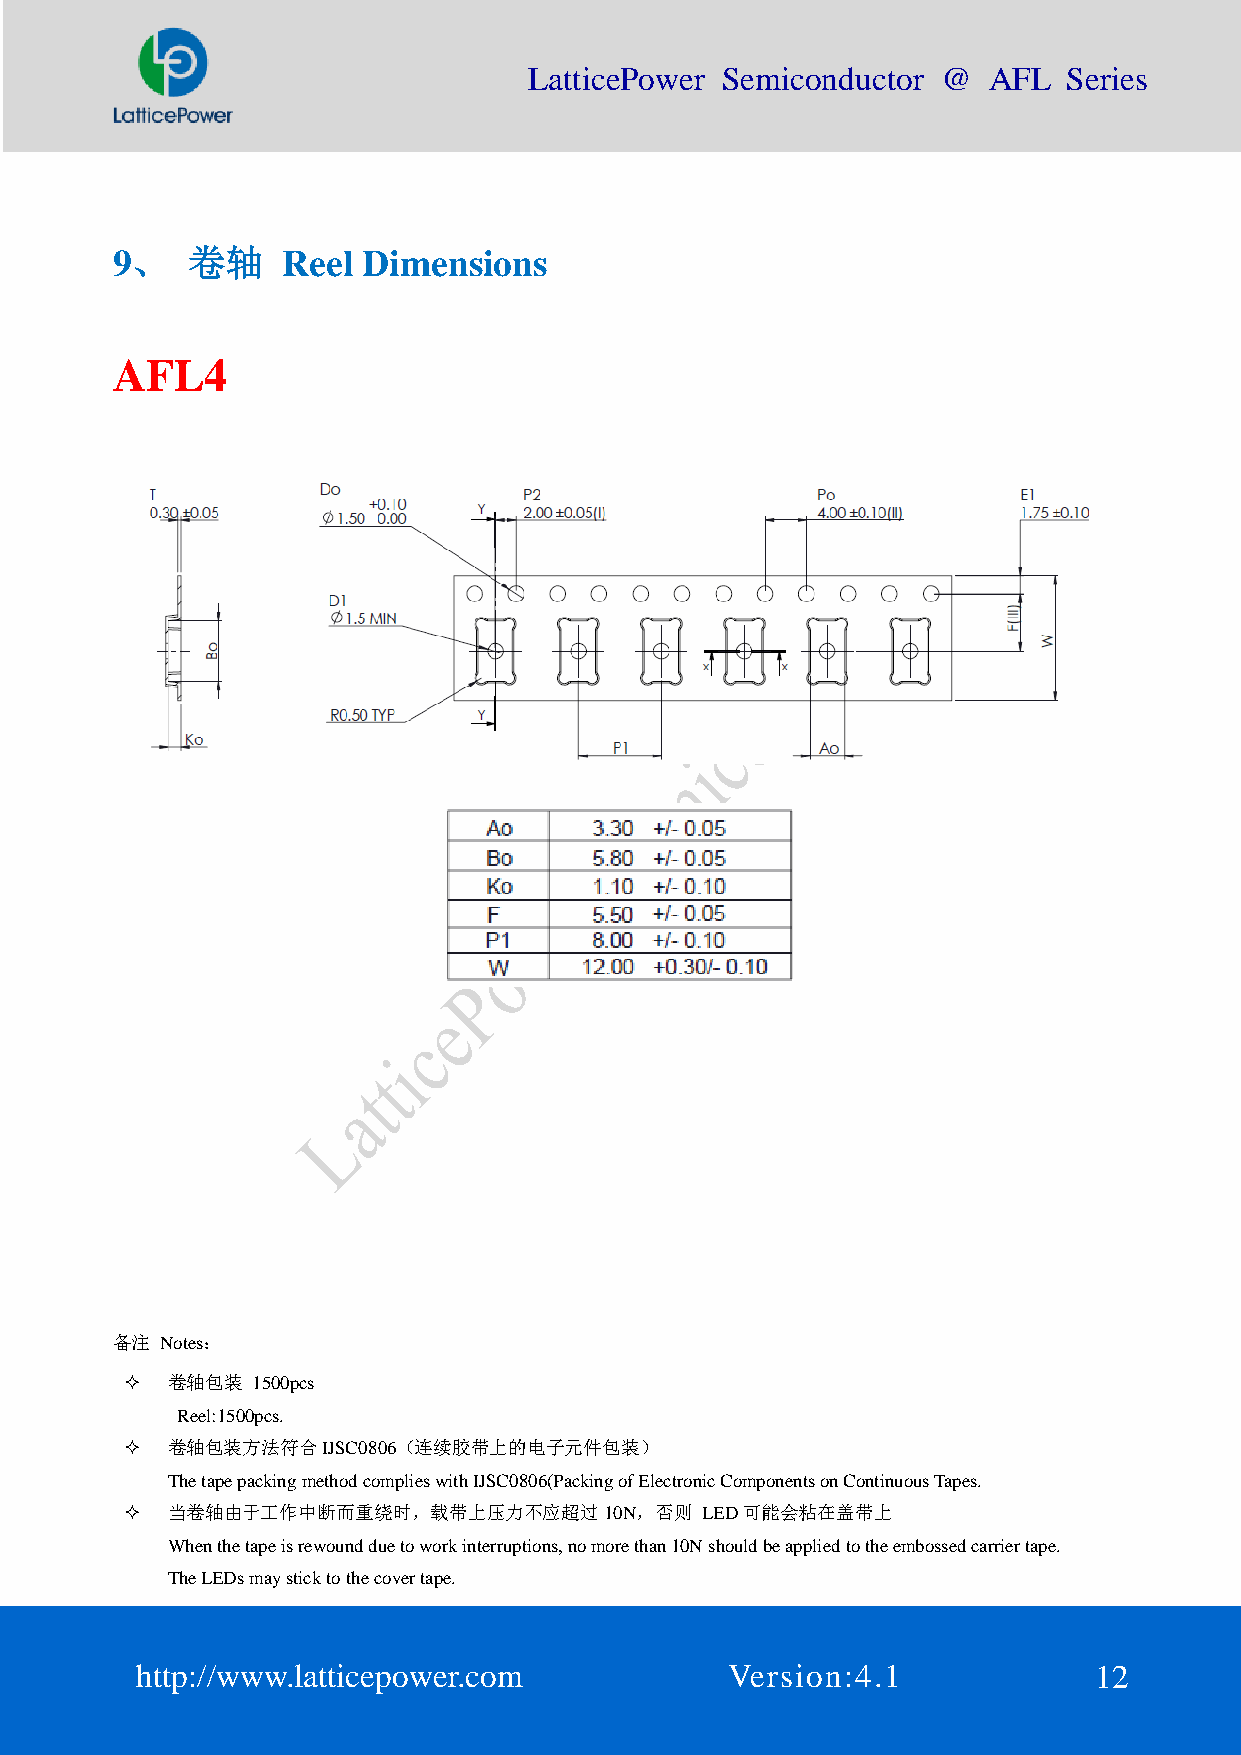
LatticePower Semiconductor @  AFL   Series
 9、   卷轴     Reel Dimensions
 AFL4
 备注  Notes：
   卷轴包装  1500pcs
 Reel:1500pcs.
   卷轴包装方法符合IJSC0806（连续胶带上的电子元件包装）
 The tape packing method complies with IJSC0806(Packing of Electronic Components on Continuous Tapes.
   当卷轴由于工作中断而重绕时，载带上压力不应超过10N，否则      LED可能会粘在盖带上
 When the tape is rewound due to work interruptions, no more than 10N should be applied to the embossed carrier tape.
 The LEDs may stick to the cover tape.
 http://www.latticepower.com            Version:4.1             12